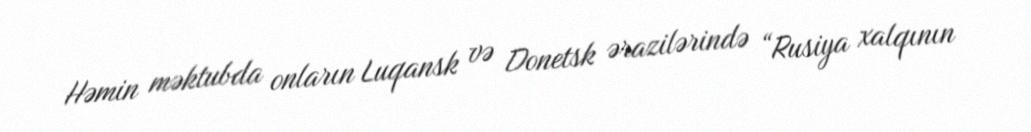
Həmin məktubda onların Luqansk və Donetsk ərazilərində “Rusiya xalqının